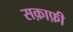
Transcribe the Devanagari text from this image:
सक़ाफ़ी